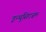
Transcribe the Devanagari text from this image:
इन्थुसिएज़म